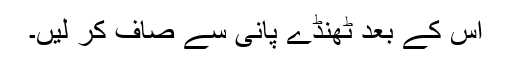
اس کے بعد ٹھنڈے پانی سے صاف کر لیں۔